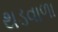
થડવાળા